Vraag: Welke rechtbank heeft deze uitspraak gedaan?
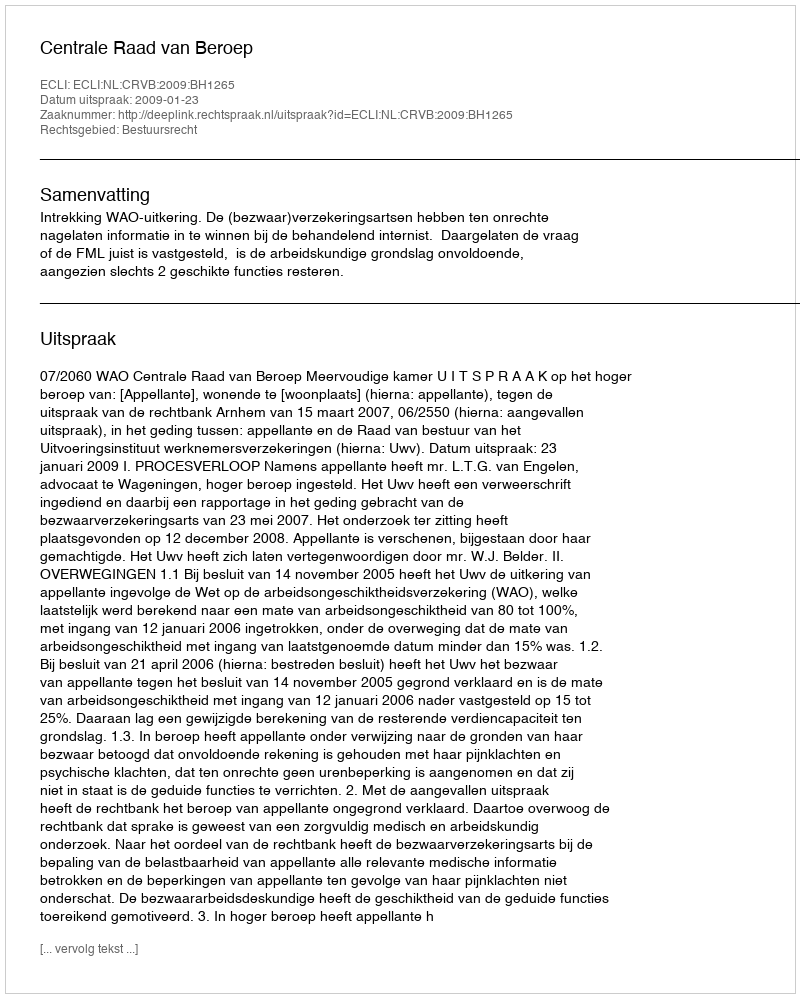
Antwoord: Centrale Raad van Beroep